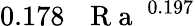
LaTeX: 0.178\, \mathrm{~\textit~{~R~a~}~}^{0.197}